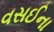
વસઈના